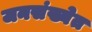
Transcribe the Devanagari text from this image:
जनसंख्येत